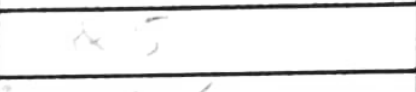
Transcription: a5